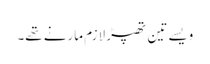
ویسے تین تھپڑ لازم مارنے تھے۔